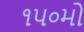
૧૫૦મો